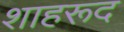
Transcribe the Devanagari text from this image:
शाहरूद